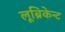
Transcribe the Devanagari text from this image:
लूब्रिकेन्ट